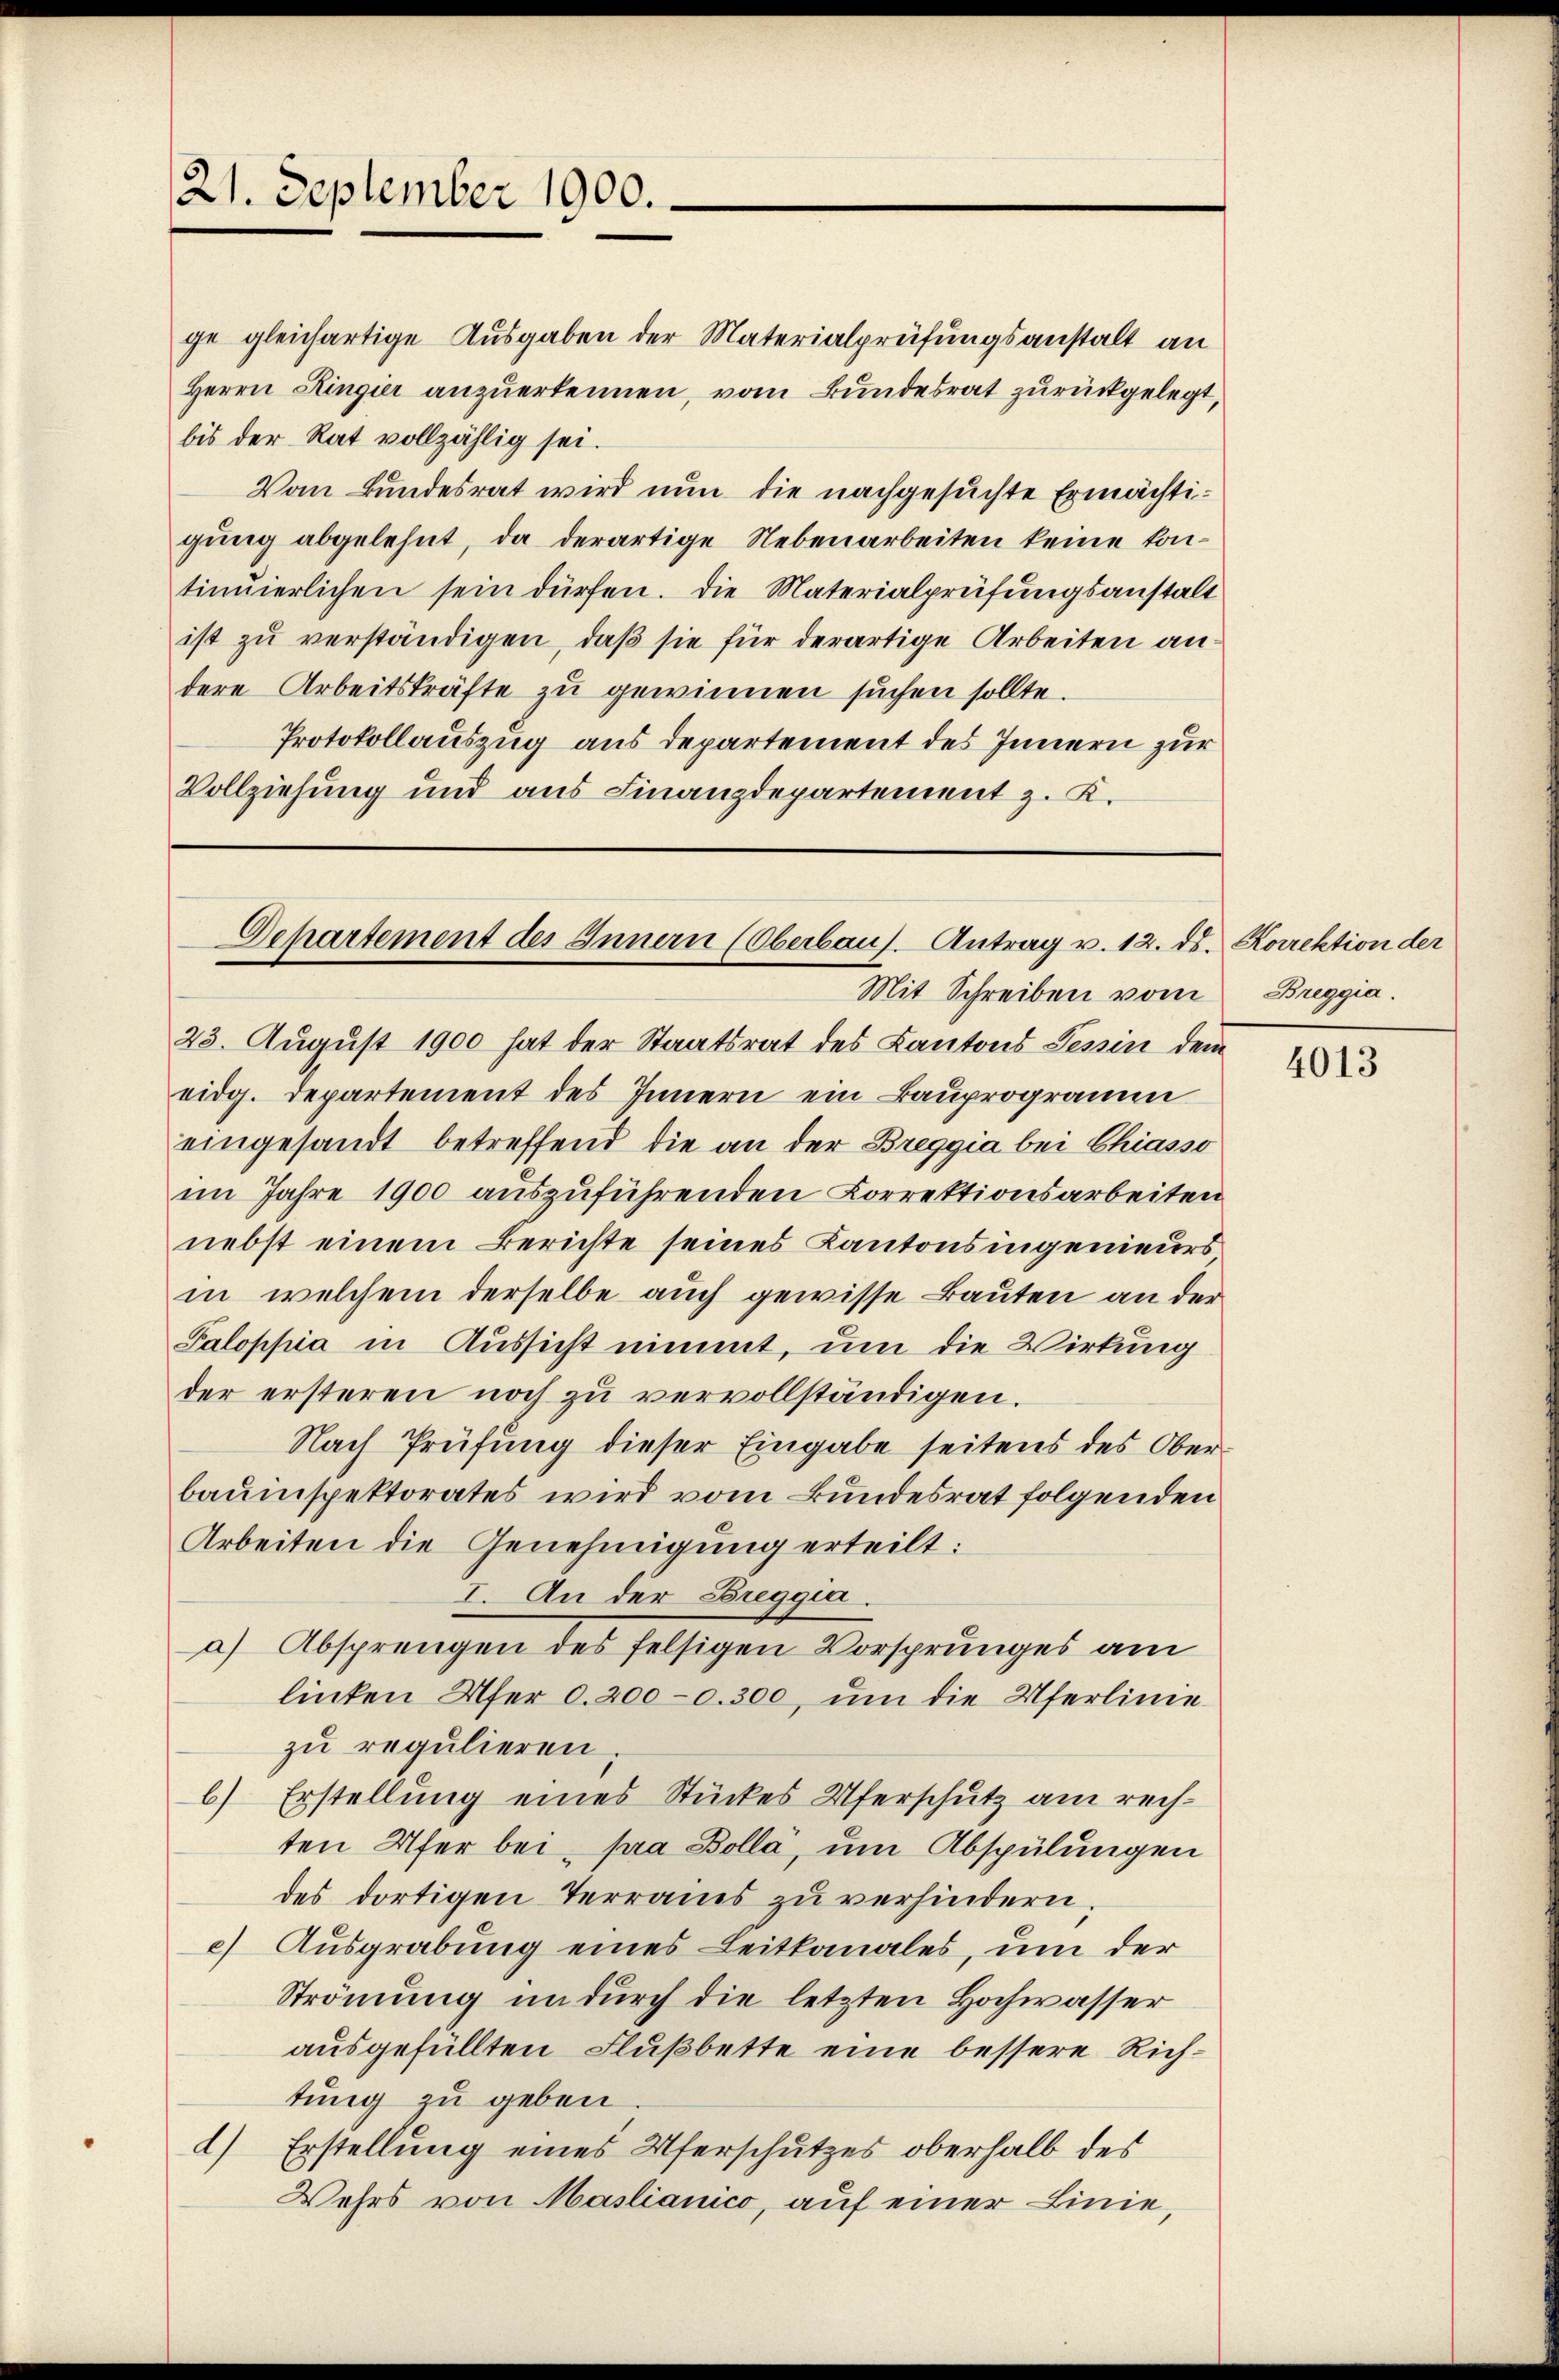
21. September 1900.

ge gleichartige Ausgaben der Materialprüfungsanstalt an
Herrn Kingier anzuerkennen, vom Bundesrat zurückgelegt,
bis der Rat vollzählig sei.
Vom Bundesrat wird nun die nachgesuchte Ermächtigung abgelehnt, da derartige Nebenarbeiten keine kontinuierlichen sein dürfen. Die Materialprüfungsanstalt
ist zu verständigen, daß sie für derartige Arbeiten andere Arbeitskräfte zu gewinnen suchen sollte.
Protokollauszug aus Departement des Innern zur
Vollziehung und aus Finanzdepartement z. K.

Departement des Innern (Oberbaus. Antrag v. 12. ds.

Mit Schreiben vom
23. August 1900 hat der Staatsrat des Kantons Tessin dem
eidg. Departement des Innern ein Bauprogramm
eingesandt betreffend die an der Breggia bei Chiasso
im Jahre 1900 auszuführenden Correktionsarbeiten
nebst einem Berichte seines Kantonsingenieurs
in welchem derselbe auch gewisse Bauten an der
Paloppia in Aussicht nimmt, um die Wirkung
der ersteren noch zu vervollständigen.
Nach Prüfung dieser Eingabe seitens des Oberbauinspektorates wird vom Bundesrat folgenden
Arbeiten die Genehmigung erteilt:
I. An der Breggia.
a) Absprengen des felsigen Vorsprunges am
linken Ufer d. 2000. 300, um die Uferlinie
zu regulieren
6) Erstellung eines Stückes Uferschutz am rechten Ufer bei pra Bolla, um Abspülungen
des dortigen Terrains zu verhindern.
c) Ausgrabung eines Leitkanales, um der
Strömung indurch die letzten Hochwasser
ausgefüllten Flußbette eine bessere Richtung zu geben
) Erstellung eines Uferschutzes oberhalb des
Wehrs von Maslianico, auf einer Linie,

Korrektion der
Breggia.

4013